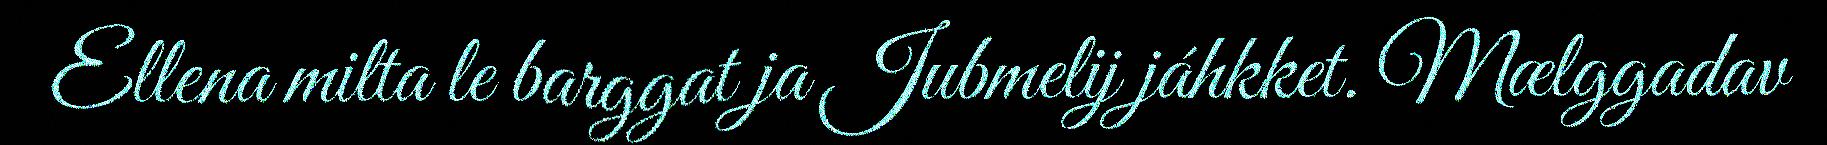
Ellena milta le barggat ja Jubmelij jáhkket. Mælggadav